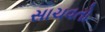
સાચવતો